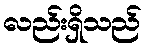
လည်းရှိသည်